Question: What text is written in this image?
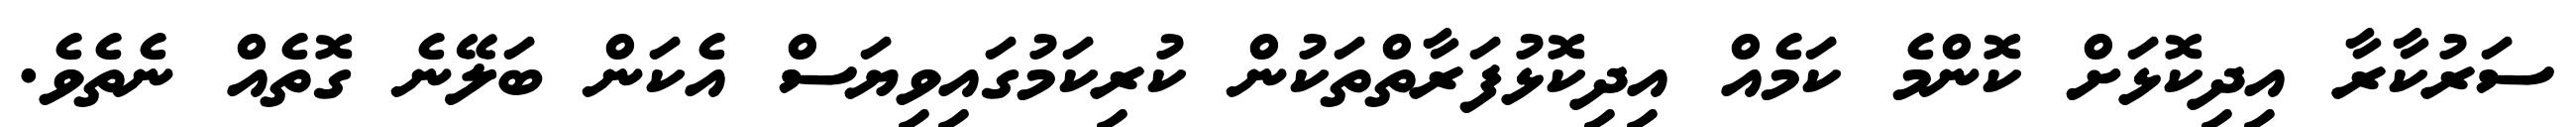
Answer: ސަރުކާރާ އިދިކޮޅަށް ކޮންމެ ކަމެއް އިދިކޮޅުފަރާތްތަކުން ކުރިކަމުގައިވިޔަސް އެކަން ބަލޭނެ ގޮތެއް ނެތެވެ.